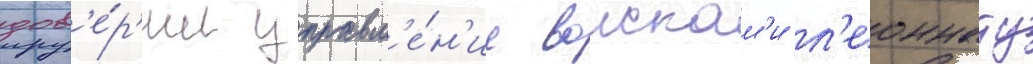
дов'е́р'ил управл'е́н'ие воискам'и л'еоннату